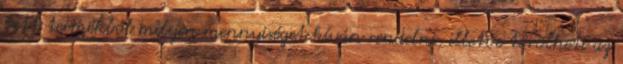
tett termékből milyen mennyiséget kíván rendelni, illetve törölheti az